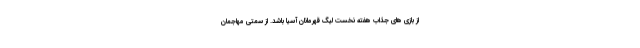
از بازی های جذاب هفته نخست لیگ قهرمانان آسیا باشد. از سمتی مهاجمان